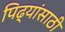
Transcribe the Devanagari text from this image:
पिढ्यांसाठी